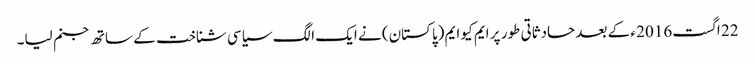
22 اگست 2016 ء کے بعد حادثاتی طور پر ایم کیو ایم (پاکستان) نے ایک الگ سیاسی شناخت کے ساتھ جنم لیا۔